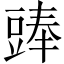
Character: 𧯵